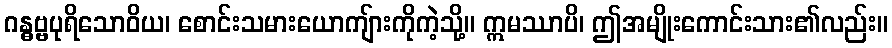
ဂန္ဓဗ္ဗပုရိသောဝိယ၊ စောင်းသမားယောကျ်ားကိုကဲ့သို့။ ဣမဿာပိ၊ ဤအမျိုးကောင်းသား၏လည်း။